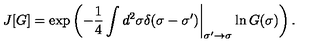
J [ G ] = \exp \left( - \frac { 1 } { 4 } \int d ^ { 2 } \sigma \delta ( \sigma - \sigma ^ { \prime } ) \biggr | _ { \sigma ^ { \prime } \rightarrow \sigma } \ln G ( \sigma ) \right) .